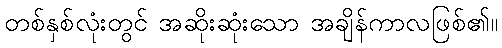
တစ်နှစ်လုံးတွင် အဆိုးဆုံးသော အချိန်ကာလဖြစ်၏။